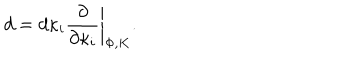
d = d \kappa _ { i } \left. { \frac { \partial } { \partial \kappa _ { i } } } \right| _ { \Phi , K } .